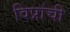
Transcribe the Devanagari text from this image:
विप्रांची